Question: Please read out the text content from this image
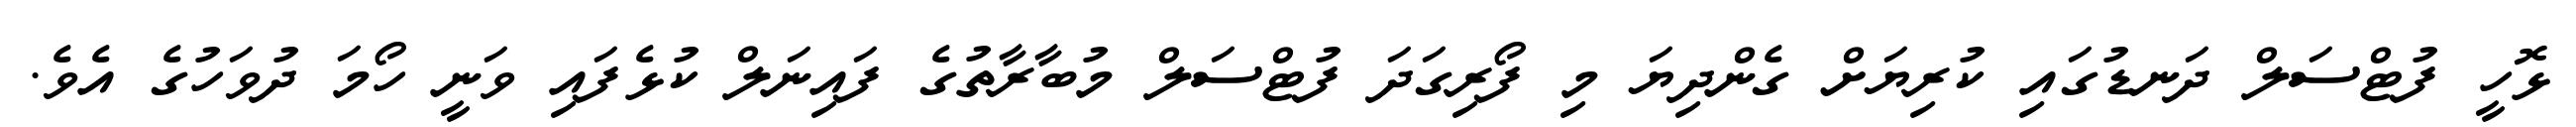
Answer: ޅޮހީ ފުޓްސަލް ދަނޑުގައި ކުރިޔަށް ގެންދިޔަ މި ފޯރިގަދަ ފުޓްސަލް މުބާރާތުގެ ފައިނަލް ކުޅެފައި ވަނީ ހޯމަ ދުވަހުގެ އެވެ.